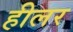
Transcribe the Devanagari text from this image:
हीलर